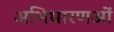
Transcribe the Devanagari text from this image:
अभिधारणओं